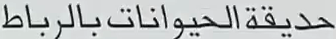
حديقةالحيواناتبالرب